Document type: Fief grant
Year: 1411
Scribe: Arnau de Lledó
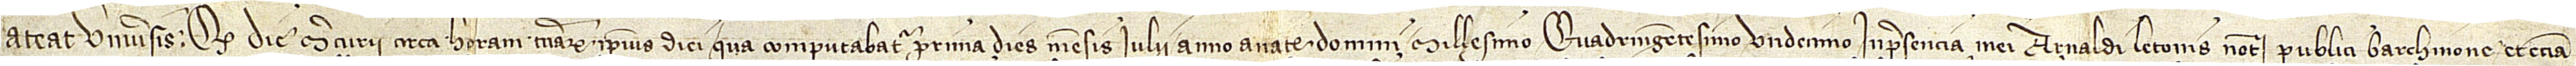
Pateat universis quod die mercurii circa horam terciarum ipsius diei qua computabatur prima dies mensis iulii, anno a Nativitate Domini millesimo quadringentesimo undecimo, in presencia mei Arnaldi Letonis, notarii publici Barchinone et etiam